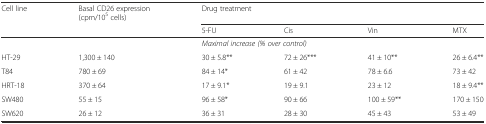
<table><thead><tr><td><b>Cell line</b></td><td><b>Basal CD26 expression (cpm/10<sup>5</sup> cells)</b></td><td colspan="4"><b>Drug treatment</b></td></tr><tr><td></td><td></td><td><b>5-FU</b></td><td><b>Cis</b></td><td><b>Vin</b></td><td><b>MTX</b></td></tr></thead><tbody><tr><td></td><td></td><td colspan="4"><i>Maximal increase (% over control)</i></td></tr><tr><td>HT-29</td><td>1,300 ± 140</td><td>30 ± 5.8**</td><td>72 ± 26***</td><td>41 ± 10**</td><td>26 ± 6.4**</td></tr><tr><td>T84</td><td>780 ± 69</td><td>84 ± 14*</td><td>61 ± 42</td><td>78 ± 6.6</td><td>73 ± 42</td></tr><tr><td>HRT-18</td><td>370 ± 64</td><td>17 ± 9.1*</td><td>19 ± 9.1</td><td>23 ± 12</td><td>18 ± 9.4**</td></tr><tr><td>SW480</td><td>55 ± 15</td><td>96 ± 58*</td><td>90 ± 66</td><td>100 ± 59**</td><td>170 ± 150</td></tr><tr><td>SW620</td><td>26 ± 12</td><td>36 ± 31</td><td>28 ± 30</td><td>45 ± 43</td><td>53 ± 49</td></tr></tbody></table>